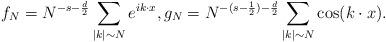
LaTeX: \begin{align*}f_N = N^{-s - \frac{d}{2}}\sum_{|k| \sim N} e^{i k \cdot x}, g_N = N^{-(s - \frac12) - \frac{d}{2}} \sum_{|k| \sim N} \cos(k \cdot x).\end{align*}